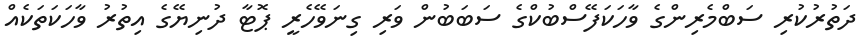
ދަތުރުކުރި ސަބްމެރިންގެ ވާހަކަފޭސްބުކްގެ ސަބަބުން ވަރި ގިނަވޭހެރީ ޕޮޓާ ދުނިޔޭގެ އިތުރު ވާހަކަތަކެއް